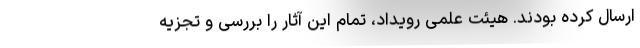
ارسال کرده بودند. هیئت علمی رویداد، تمام این آثار را بررسی و تجزیه